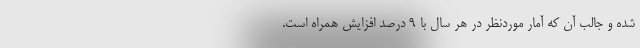
شده و جالب آن که آمار موردنظر در هر سال با 9 درصد افزایش همراه است.